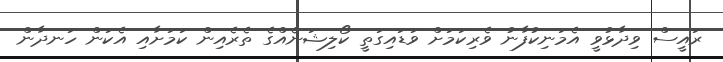
ރައީސް ވިދާޅުވީ އެމަނިކުފާނު ވެރިކަމަށް ވަޑައިގަތީ ކޯލިޝަނެއްގެ ތެރެއިން ކަމަށާއި އެކަން ހަނދާން